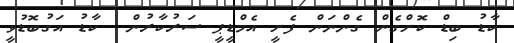
ކާޑު ބިޑް ކޮށްގެން ގެންނަން ފެށީ އެމްޑީޕީ ސަރުކާރުން  ކާޑު އަގުބޮޑުވީ